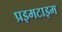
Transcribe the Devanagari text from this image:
प्रइमटाइम